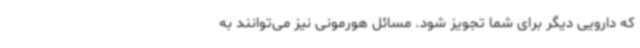
که دارویی دیگر برای شما تجویز شود. مسائل هورمونی نیز می‌توانند به